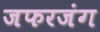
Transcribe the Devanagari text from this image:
जफरजंग